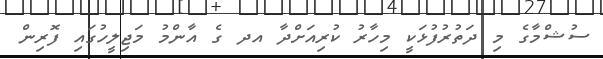
ސުޝްމާގެ މި ދަތުރުފުޅަކީ މިހާރު ކުރިއަށްދާ އދ ގެ އާންމު މަޖިލީހުގައި ފޮރިން